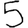
Digit: 5